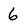
Character: 6